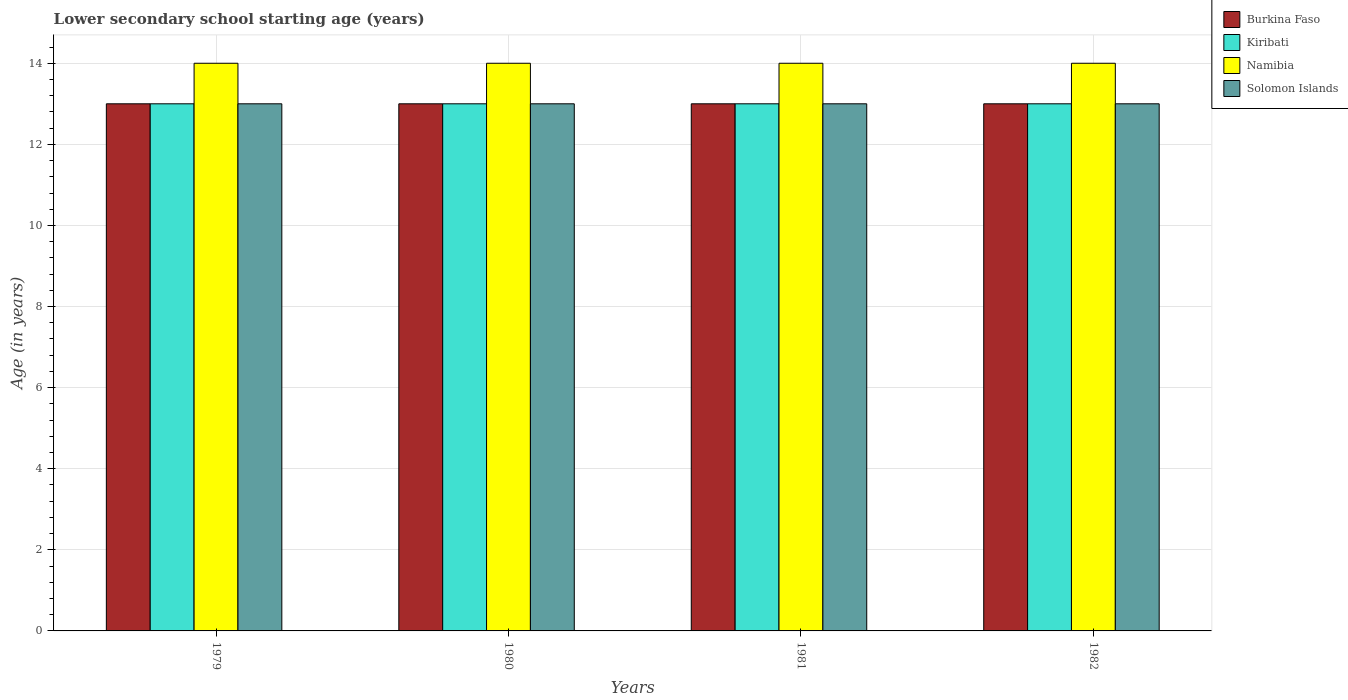
| Years | Burkina Faso | Kiribati | Namibia | Solomon Islands |
 | --- | --- | --- | --- | --- |
 | 1979 | 13 | 13 | 14 | 13 |
 | 1980 | 13 | 13 | 14 | 13 |
 | 1981 | 13 | 13 | 14 | 13 |
 | 1982 | 13 | 13 | 14 | 13 |